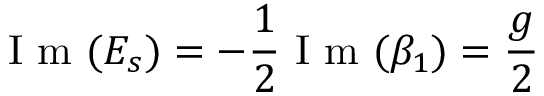
\mathrm { ~ I ~ m ~ } ( E _ { s } ) = - \frac { 1 } { 2 } \mathrm { ~ I ~ m ~ } ( \beta _ { 1 } ) = \frac { g } { 2 }